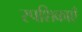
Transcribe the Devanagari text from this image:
स्पशिकाएँ